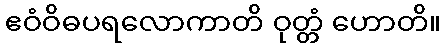
ဧဝံဝိဓပရလောကာတိ ဝုတ္တံ ဟောတိ။